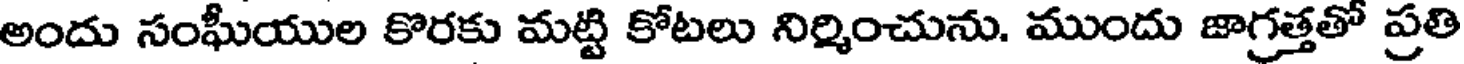
అందు సంఘీయుల కొరకు మట్టి కోటలు నిర్మించును. ముందు జాగ్రత్తతో ప్రతి